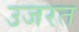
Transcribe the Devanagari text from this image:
उजरत